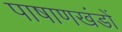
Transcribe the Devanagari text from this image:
पाषाणखंडों